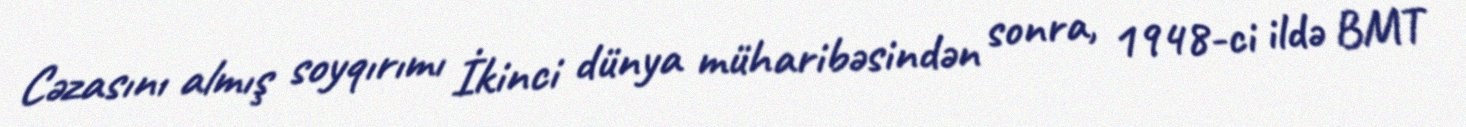
Cəzasını almış soyqırımı İkinci dünya müharibəsindən sonra, 1948-ci ildə BMT